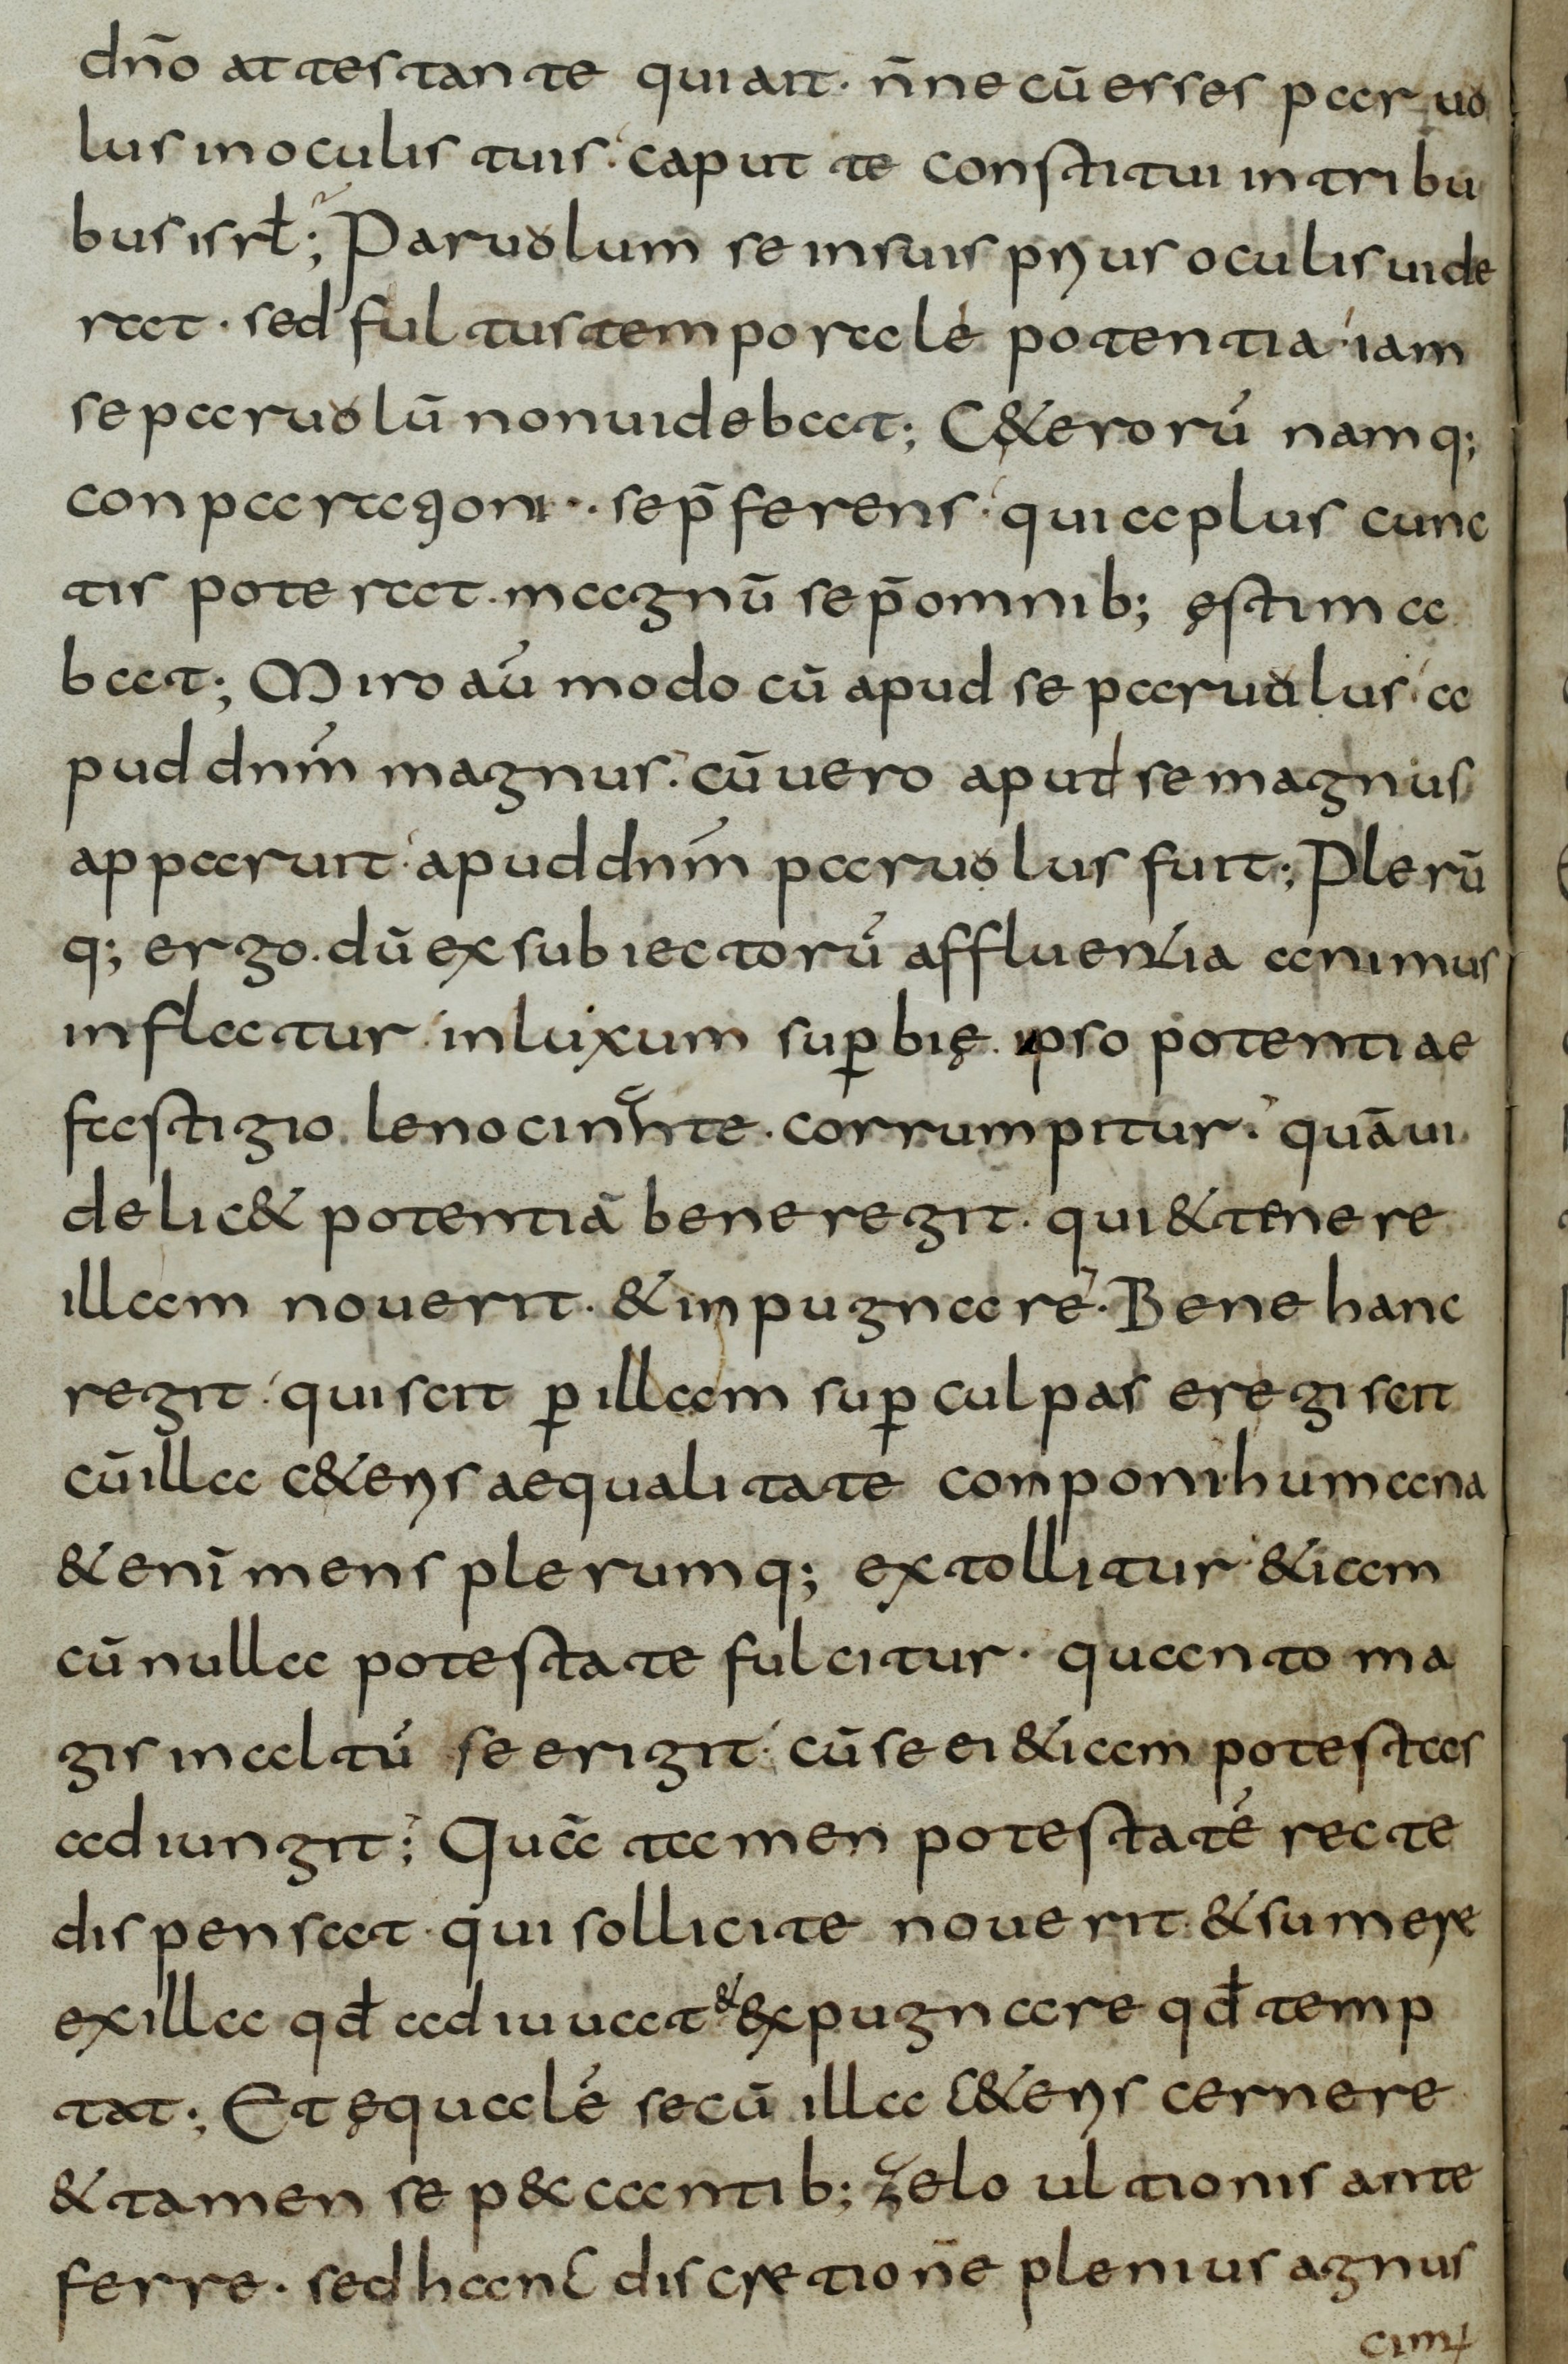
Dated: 800–830